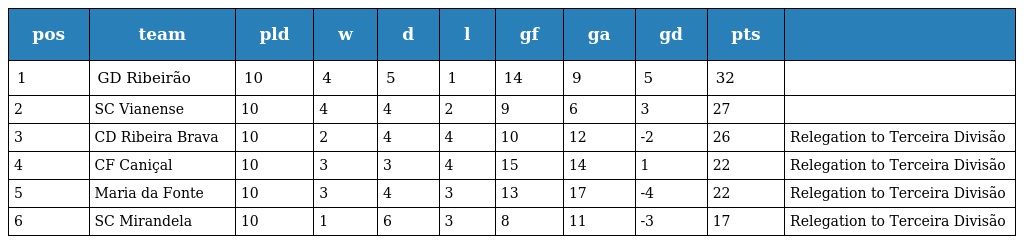
| pos | team | pld | w | d | l | gf | ga | gd | pts |  |
 | --- | --- | --- | --- | --- | --- | --- | --- | --- | --- | --- |
 | 1 | GD Ribeirão | 10 | 4 | 5 | 1 | 14 | 9 | 5 | 32 |  |
 | 2 | SC Vianense | 10 | 4 | 4 | 2 | 9 | 6 | 3 | 27 |  |
 | 3 | CD Ribeira Brava | 10 | 2 | 4 | 4 | 10 | 12 | -2 | 26 | Relegation to Terceira Divisão |
 | 4 | CF Caniçal | 10 | 3 | 3 | 4 | 15 | 14 | 1 | 22 | Relegation to Terceira Divisão |
 | 5 | Maria da Fonte | 10 | 3 | 4 | 3 | 13 | 17 | -4 | 22 | Relegation to Terceira Divisão |
 | 6 | SC Mirandela | 10 | 1 | 6 | 3 | 8 | 11 | -3 | 17 | Relegation to Terceira Divisão |